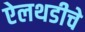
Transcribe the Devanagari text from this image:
ऐलथडीचे